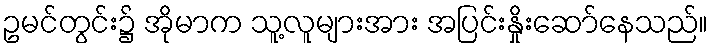
ဥမင်တွင်း၌ အိုမာက သူ့လူများအား အပြင်းနှိုးဆော်နေသည်။